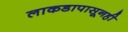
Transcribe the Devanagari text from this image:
लाकडापासूनही